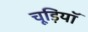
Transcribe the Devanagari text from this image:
चूड़ियॉ